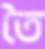
তৈ